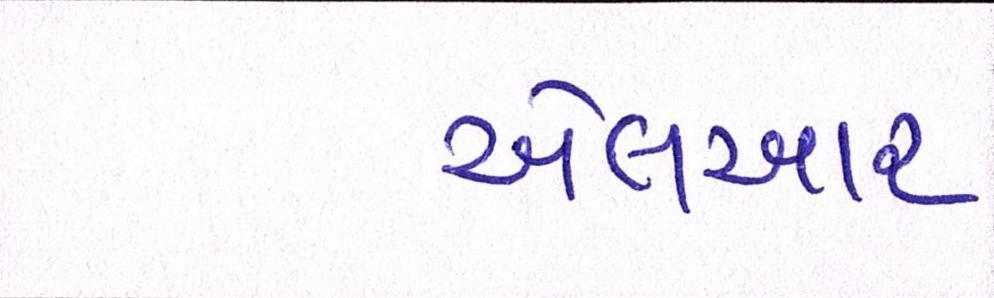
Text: એલઆર